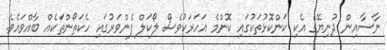
ނާސާއިން ދުނިޔޭގެ އެކި ކަންކޮޅުތަކުގައި ކޮންމެ އަހަރަކުވެސް ލޯކަލް ފެންވަރުގައި ހެކަތޯންތަކެއް ބާއްވައެވެ.